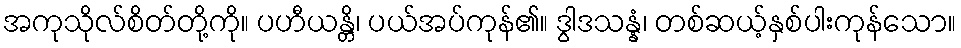
အကုသိုလ်စိတ်တို့ကို။ ပဟီယန္တိ၊ ပယ်အပ်ကုန်၏။ ဒွါဒသန္နံ၊ တစ်ဆယ့်နှစ်ပါးကုန်သော။